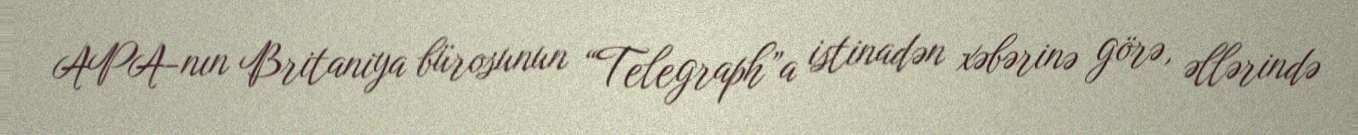
APA-nın Britaniya bürosunun “Telegraph”a istinadən xəbərinə görə, əllərində